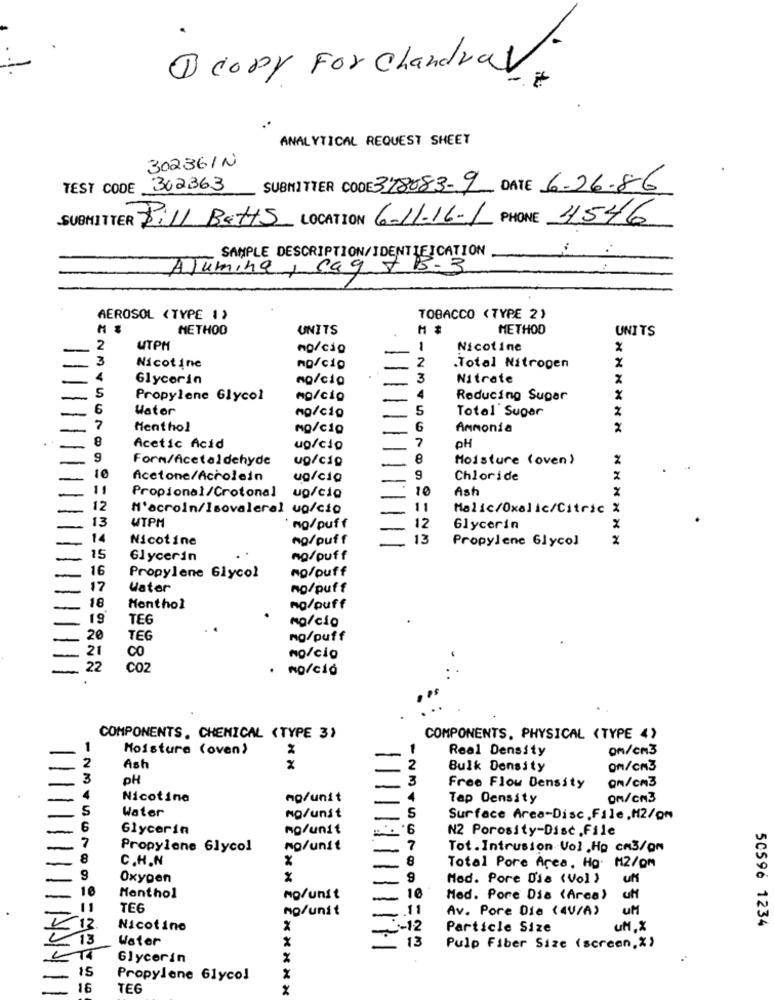
1 corp For chandrav
ANALYTICAL REQUEST SHEET
302361N
TEST CODE 302363
SUBMITTER CODE 378083-9 DATE 6-26-86
SUBMITTER Dill Batts LOCATION 6-11-16-1
PHONE 11546
SAMPLE DESCRIPTION/IDENTIFICATION
Alumina, ca9 7 B-3
AEROSOL (TYPE 1)
TOBACCO (TYPE 2)
METHOD
UNITS
METHOD
UNITS
2
UTPH
no/cio
1
Nicotine
3
2
Nicotine
no/cio
.Total Nitrogen
X
Glycerin
no/cio
3
Nitrate
X
5
Propylene Glycol
NO/cio
Reducing Sugar
X
6
Water
no/cio
5
Total Sugar
2
Menthol
NO/cio
Ammonia
2
8
7
Acetic Acid
up/cio
pH
9
Form/Acetaldehyde
ug/cio
8
Moisture (oven )
Acetone/Acholein
ug/cia
9
Chloride
2
10
Ast
Propional/Crotonal
ug/cio
12
M'acroin/Isovaleral ug/cio
11
Malic/Oxalic/Citric %
13
UTPM
NO/puff
12
Glycerin
14
Nicotine
no/puff
13
Propylene Glycol
15
Glycerin
no/puff
16
no/puff
Propylene Glycol
17
Water
no/puff
18
Monthol
no/puff
19
TEG
NO/cio
20
TEG
ng/puff
21
CO
no/cio
22
COZ
mo/ció
COMPONENTS, CHEMICAL (TYPE 3)
COMPONENTS. PHYSICAL (TYPE 4)
Moisture (oven)
Real Density
on/Cm3
Ash
Bulk Density
On/CN3
PH
3
Free Flow Density
on/cm3
Nicotine
mg/unit
Tap Density
ON/CN3
Water
S
NO/unit
Surface Area-Disc.File,H2/om
Glycerin
mg/unit
N2 Porosity-Disc.File
Propylene Glycol
no/unit
7
Tot.Intrusion-Vol .Hp cn3/om
C.H.N
8
Total Pore Area. Ho: M2/Om
Oxygen
Mod. Pore Dia (Vol )
UN
Monthol
10
mo/unit
Med. Pore Dia (Arca)
TEG
no/unit
11
Av. Pore Dia (4V/A)
UM
50596 1234
Nicotino
-12
Particle Size
UM X
Water
13
Pulp Fiber Size (screen,%)
Glycerin
15
Propylene Glycol
16
TEG